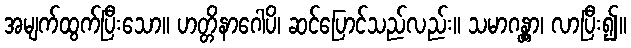
အမျက်ထွက်ပြီးသော။ ဟတ္တိနာဂေါပိ၊ ဆင်ပြောင်သည်လည်း။ သမာဂန္တွာ၊ လာပြီး၍။